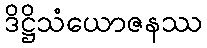
ဒိဋ္ဌိသံယောဇနဿ